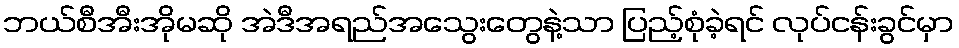
ဘယ်စီအီးအိုမဆို အဲဒီအရည်အသွေးတွေနဲ့သာ ပြည့်စုံခဲ့ရင် လုပ်ငန်းခွင်မှာ